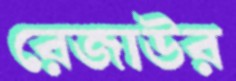
রেজাউর